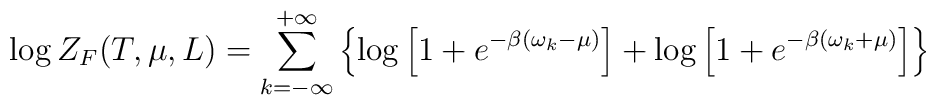
\log Z_F(T,\mu,L)=\sum_{k=-\infty}^{+\infty}\left\{\log\left[ 1+e^{-\beta(\omega_k-\mu)}\right]+\log\left[ 1+e^{-\beta(\omega_k+\mu)}\right]\right\}